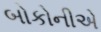
બોકોનીએ